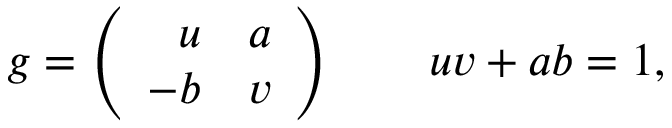
g = \left( \begin{array} { c c } { { \ \ u } } & { { a } } \\ { { - b } } & { { v } } \end{array} \right) \qquad u v + a b = 1 ,